Lunatic asylums United Provinces 1899-1908 - 1899-1908
Year: 1899
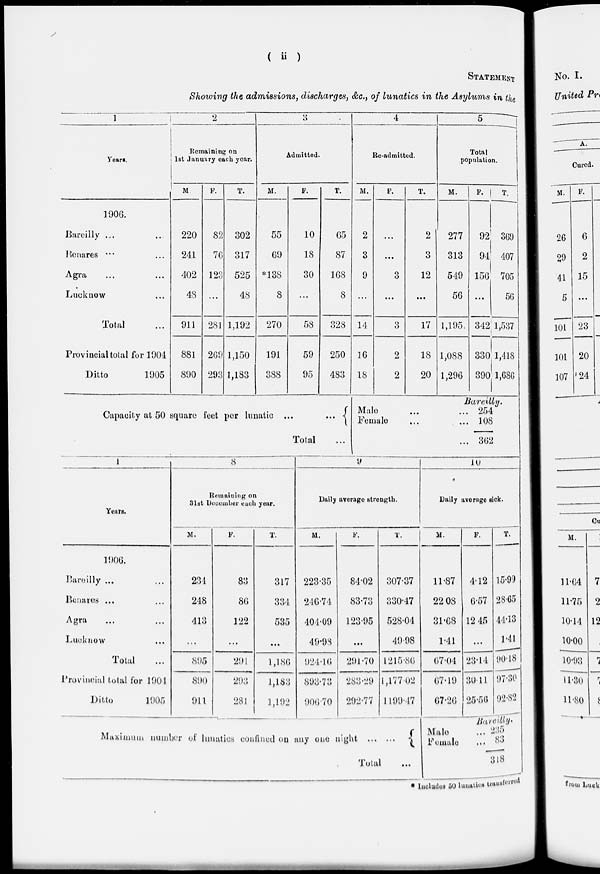
( ii )
STATEMENT
Showing the admissions, discharges, &c., of lunatics in the Asylums in the
1
Years.
1906.
Bareilly ... ...
Benares ... ...
Agra ... ...
Lucknow ... ...
Total ...
Provincial total for 1904
Ditto
1905
2
Remaining on
1st January each year.
M
220
241
402
48
911
881
890
F.
82
76
123
...
281
269
293
T.
302
317
525
48
1,192
1,150
1,183
3
Admitted.
M.
55
69
*138
8
270
191
388
F.
10
18
30
...
58
59
95
T.
65
87
168
8
328
250
483
4
Re-admitted.
M.
2
3
9
...
14
16
18
F.
...
...
3
...
3
2
2
T.
2
3
12
...
17
18
20
5
Total
population.
M.
277
313
549
56
1,195
1,088
1,296
F.
92
94
156
...
342
330
390
T.
369
407
705
56
1,537
1,418
1,686
Capacity at 50 square feet per lunatic ...
...
Total ...
Bareilly.
Male ... ...
Female ... ...
254
108
362
1
Years.
1906.
Bareilly ... ...
Benares ... ...
Agra ... ...
Lucknow ...
Total ...
Provincial total for 1901
Ditto
1905
8
Remaining on
31st December each year.
M.
234
248
413
...
895
890
911
F.
83
86
122
...
291
293
281
T.
317
334
535
...
1,186
1,183
1,192
9
Daily average strength.
M.
223.35
216.74
404.09
49.98
924.16
893.73
906.70
F.
84.02
83.73
123.95
...
291.70
283.29
292.77
T.
307.37
330.47
528.04
49.98
1215.86
1,177.02
1199.47
10
Daily average sick.
M.
11.87
22.08
31.68
1.41
67.04
67.19
67.26
F.
4.12
6.57
12.45
...
23.14
30.11
25.56
T.
15.99
28.65
44.13
1.41
90.18
97.30
92.82
Maximum number of lunatics confined on any one night
...
...
Total ...
Bareilly.
Male ...
Female ...
235
83
318
* Includes 50 lunatics transferred